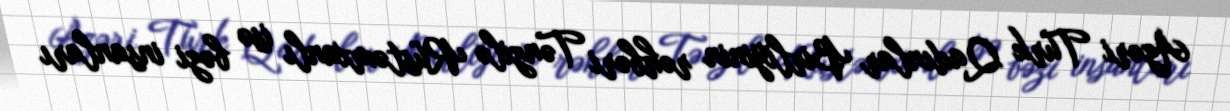
Azəri Türk Qadınlar Birliyinin rəhbəri Tənzilə Rüstəmxanlı isə bəzi insanları